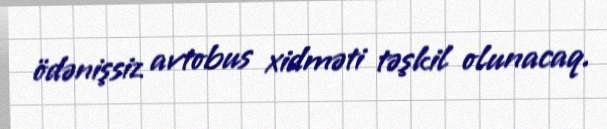
ödənişsiz avtobus xidməti təşkil olunacaq.